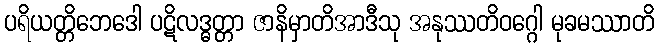
ပရိယတ္တိဘေဒေါ ပဋိလဒ္ဓတ္တာ ဇာနိမှာတိအာဒီသု အနုဿတိဝဂ္ဂေါ မုခမဿာတိ